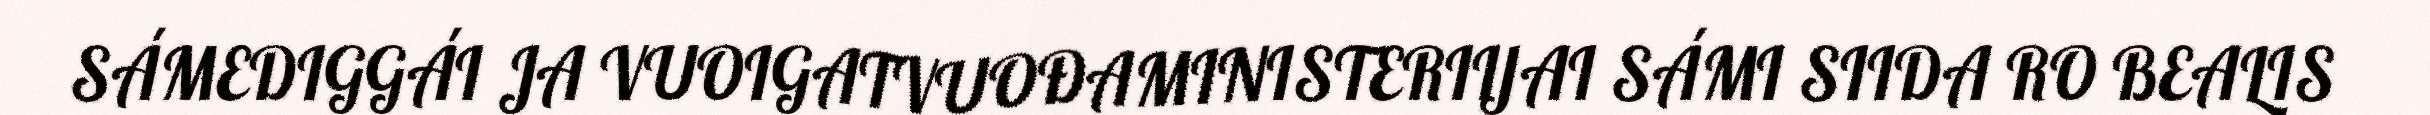
SÁMEDIGGÁI JA VUOIGATVUOĐAMINISTERIIJAI SÁMI SIIDA RO BEALIS